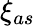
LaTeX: \xi_{as}